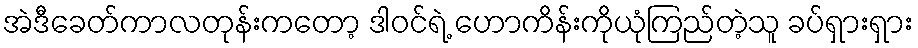
အဲဒီခေတ်ကာလတုန်းကတော့ ဒါဝင်ရဲ့ ဟောကိန်းကိုယုံကြည်တဲ့သူ ခပ်ရှားရှား